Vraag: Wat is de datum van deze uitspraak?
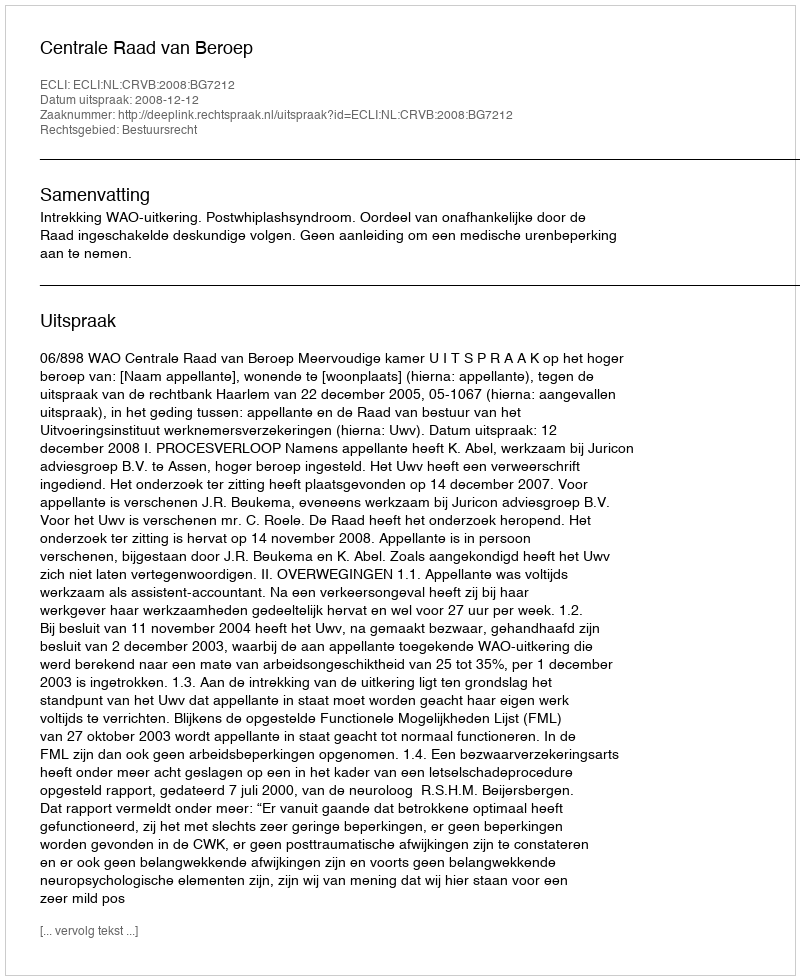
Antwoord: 2008-12-12